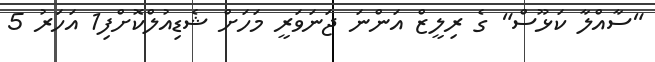
"ސާއްލާ ކަޅޫސް" ގެ ރިލީޒް އަންނަ ޖަނަވަރީ މަހަށް ޝެޑިއުލްކޮށްފި1 އަހަރު 5